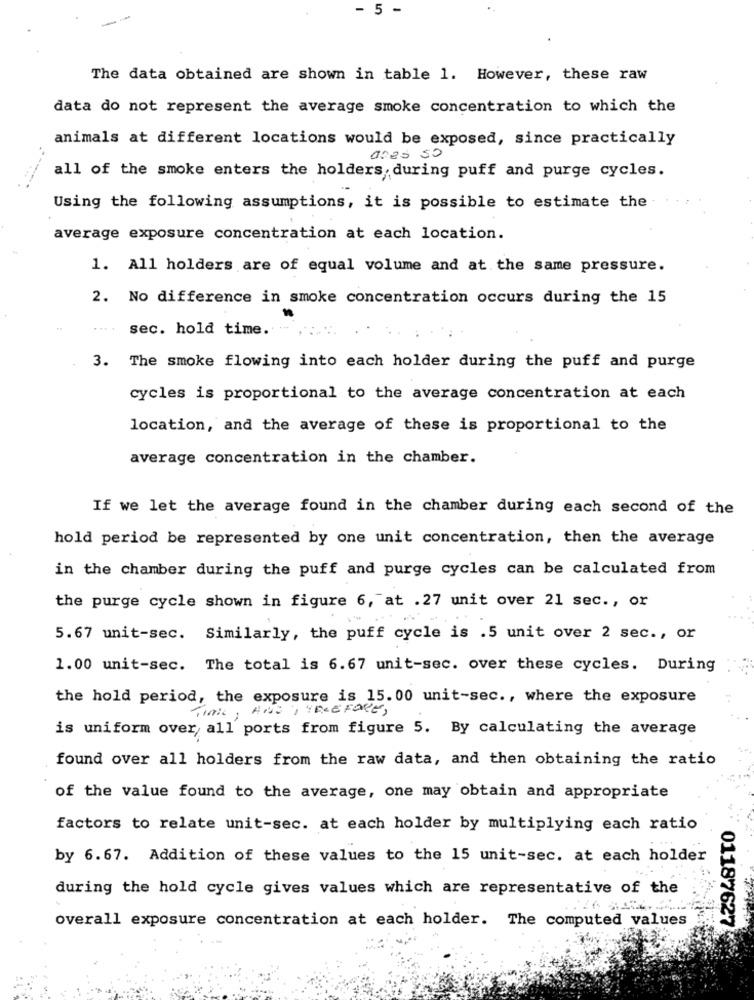
- 5 -
The data obtained are shown in table 1. However, these raw
data do not represent the average smoke concentration to which the
animals at different locations would be exposed, since practically
aces so
all of the smoke enters the holders, during puff and purge cycles.
Using the following assumptions, it is possible to estimate the
average exposure concentration at each location.
1. All holders are of equal volume and at the same pressure.
2. No difference in smoke concentration occurs during the 15
sec. hold time. .
3. The smoke flowing into each holder during the puff and purge
cycles is proportional to the average concentration at each
location, and the average of these is proportional to the
average concentration in the chamber.
If we let the average found in the chamber during each second of the
hold period be represented by one unit concentration, then the average
in the chamber during the puff and purge cycles can be calculated from
the purge cycle shown in figure 6, at .27 unit over 21 sec ., or
5.67 unit-sec. Similarly, the puff cycle is .5 unit over 2 sec ., or
1.00 unit-sec. The total is 6.67 unit-sec. over these cycles. During
the hold period, the exposure is 15.00 unit-sec ., where the exposure
Time , AND , TELEFONE,
is uniform over, all ports from figure 5. By calculating the average
found over all holders from the raw data, and then obtaining the ratio
of the value found to the average, one may obtain and appropriate
factors to relate unit-sec. at each holder by multiplying each ratio
by 6.67. Addition of these values to the 15 unit-sec. at each holder
during the hold cycle gives values which are representative of the
overall exposure concentration at each holder. The computed values
01187627